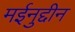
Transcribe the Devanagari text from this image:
मईनुद्दीन